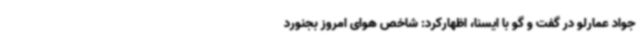
جواد عمارلو در گفت و گو با ایسنا، اظهارکرد: شاخص هوای امروز بجنورد